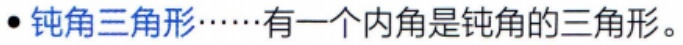
#NAME?